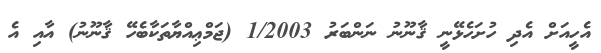
އެހީއަށް އެދި ހުށަހެޅޭނީ ޤާނޫނު ނަންބަރު 1/2003 (ޖަމްޢިއްޔާތަކާބެހޭ ޤާނޫނު) އާއި އެ